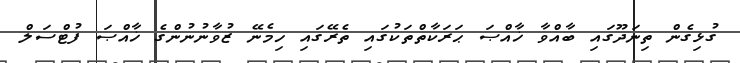
ގުޅިގެން ތިނަދޫގައި ބާއްވާ ޚާއްޞަ ޙަރަކާތްތަކުގައި ތެރޭގައި ހިމެނޭ ޒުވާނުނުންގެ ޚާއްޞަ ފުޓްސަލް